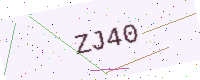
Text: ZJ40